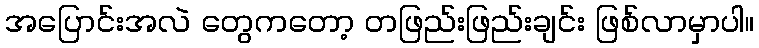
အပြောင်းအလဲ တွေကတော့ တဖြည်းဖြည်းချင်း ဖြစ်လာမှာပါ။